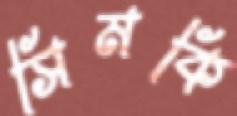
সিমকি